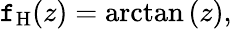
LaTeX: \mathtt{f}_{\mathrm{{H}}}(z)=\arctan\left(z\right),